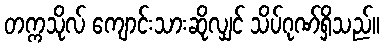
တက္ကသိုလ် ကျောင်းသားဆိုလျှင် သိပ်ဂုဏ်ရှိသည်။